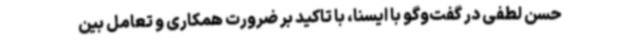
حسن لطفی در گفت‌وگو با ایسنا، با تاکید بر ضرورت همکاری و تعامل بین